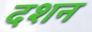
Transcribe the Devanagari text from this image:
दशन